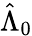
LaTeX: \hat{\Lambda}_{0}